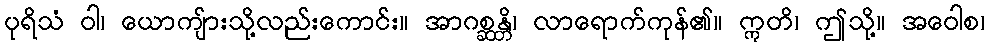
ပုရိသံ ဝါ၊ ယောကျ်ားသို့လည်းကောင်း။ အာဂစ္ဆန္တိ၊ လာရောက်ကုန်၏။ ဣတိ၊ ဤသို့။ အဝေါစ၊